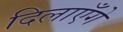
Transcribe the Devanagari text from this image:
दिलाएँगे